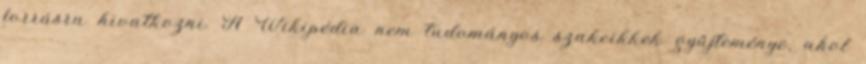
forrásra hivatkozni. A Wikipédia nem tudományos szakcikkek gyűjteménye, ahol